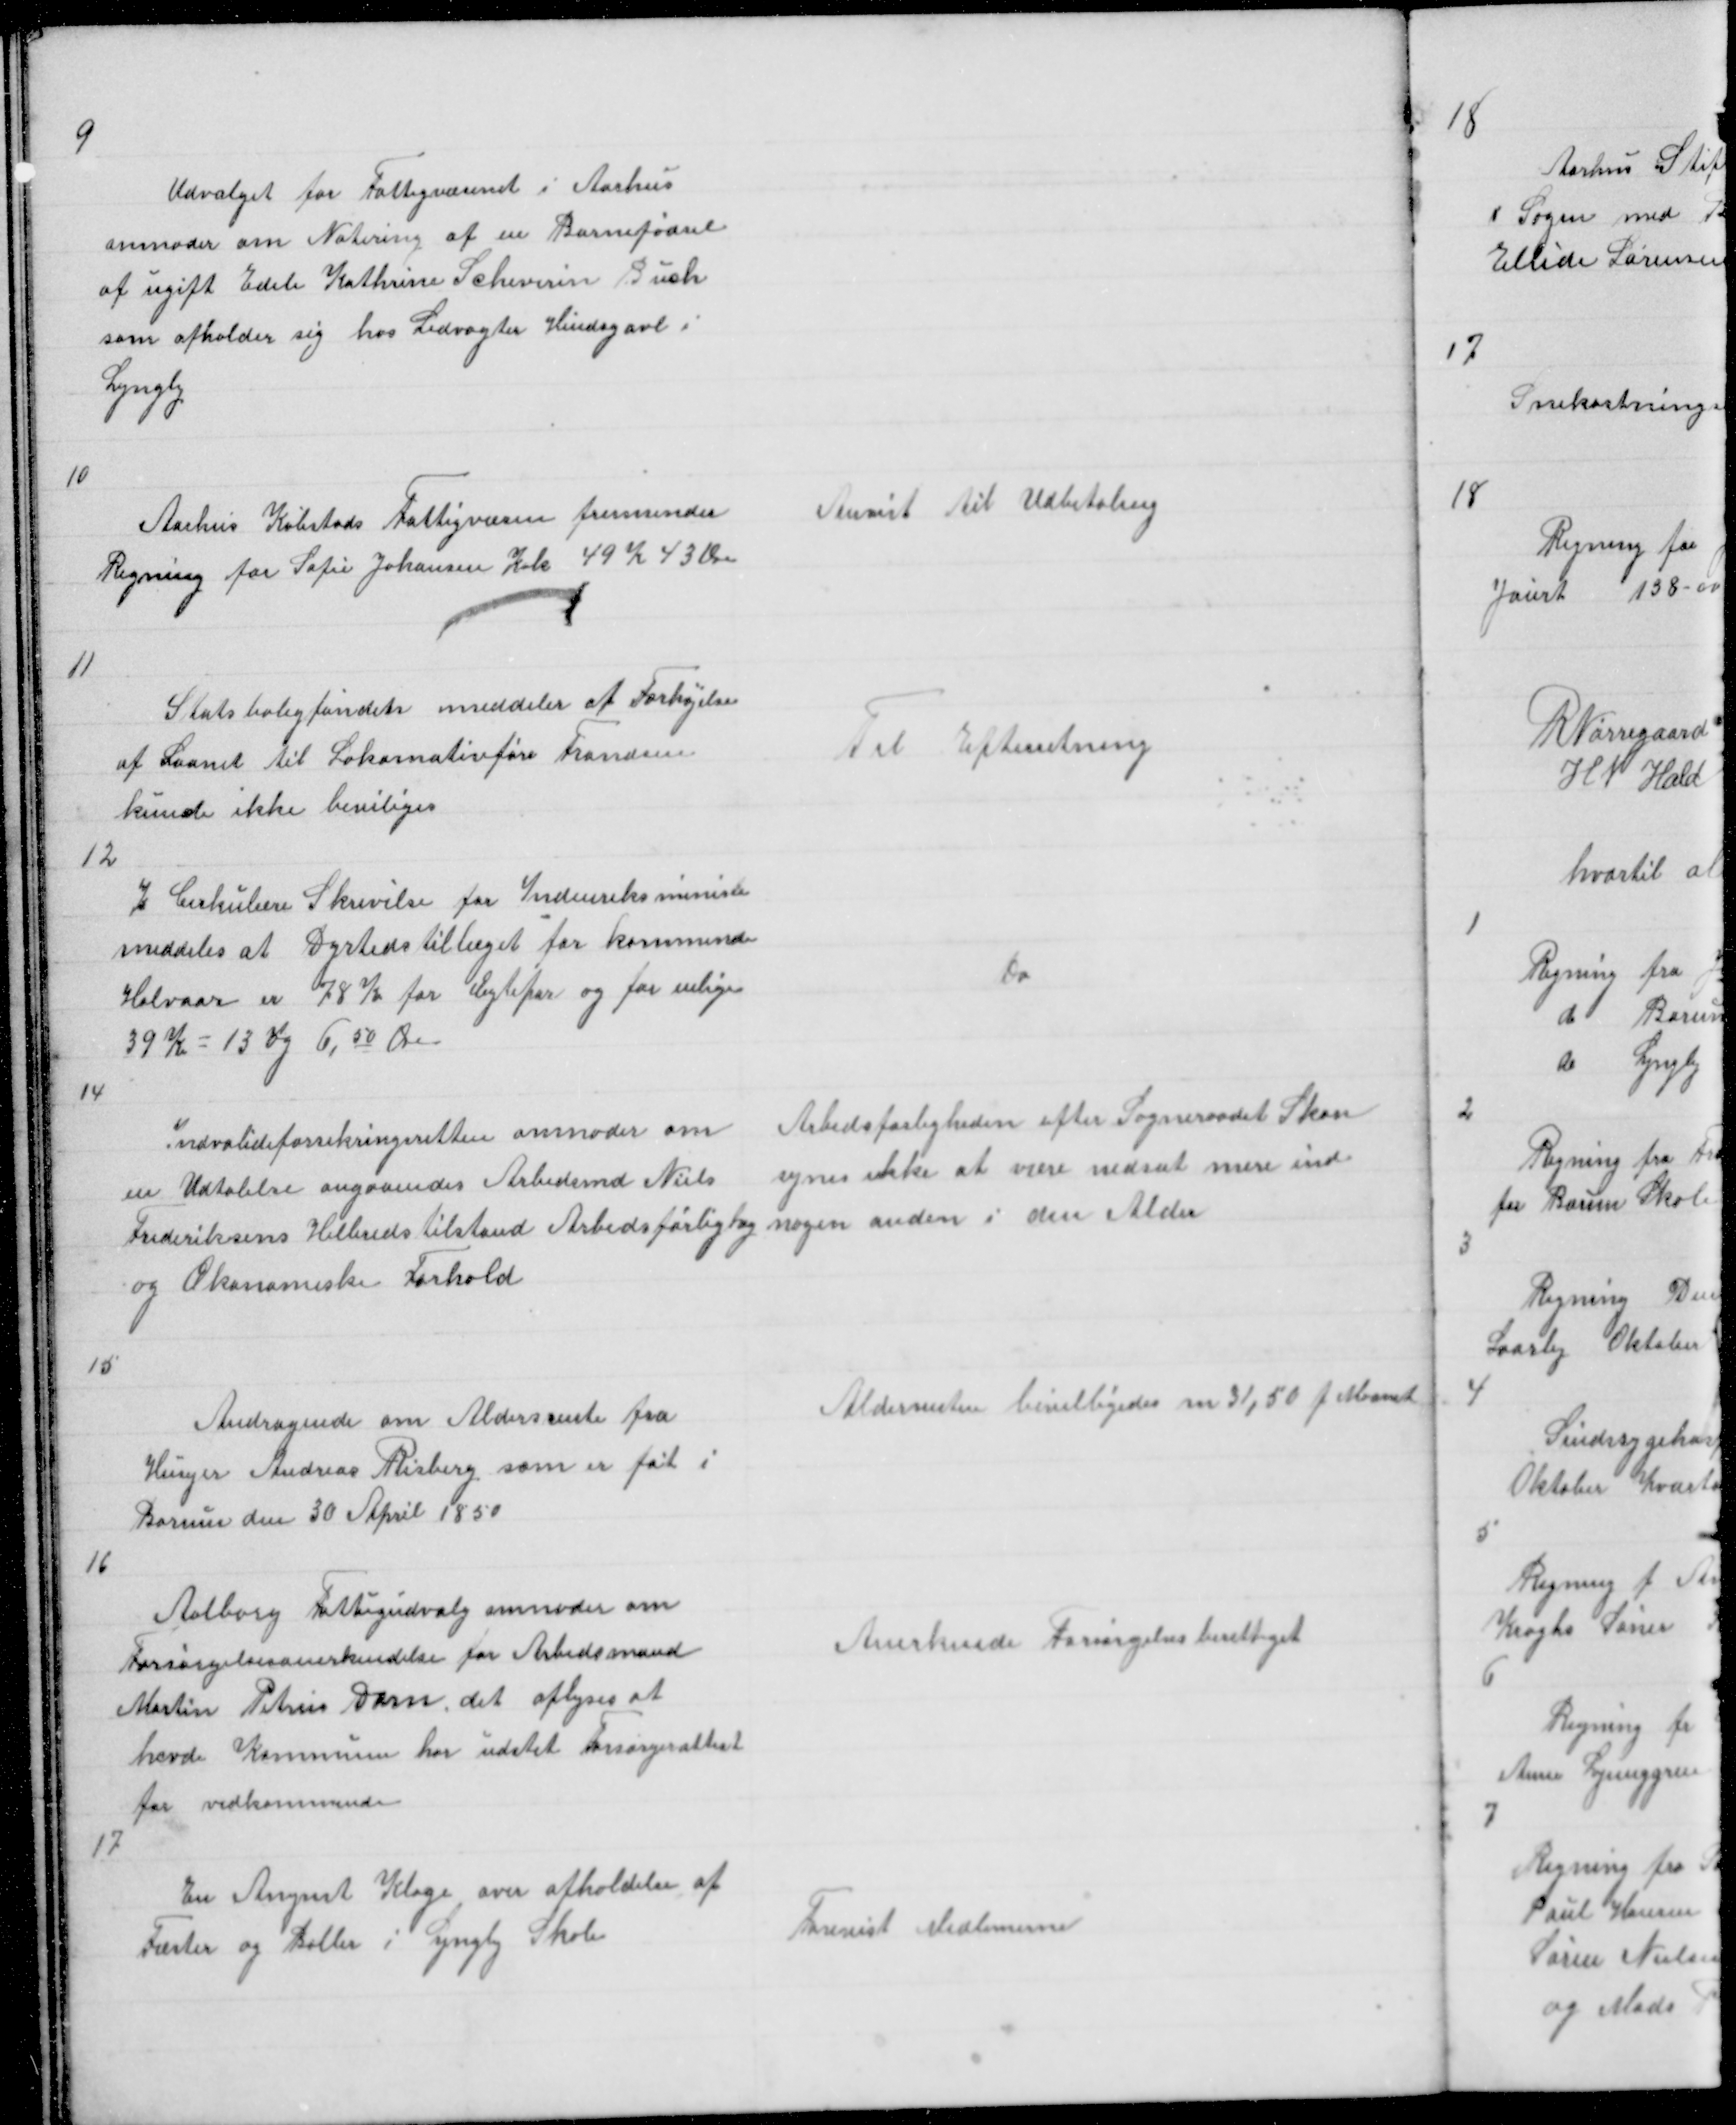
Transskription:
9

Udvalget for Fattigvæsenet i Aarhus
anmoder om Notering af en Barnefødsel
af ugift Edle Kathrine Scheverin Buch
som opholder sig hos Ledvogter Hindsgavl i
Lyngby

10

Aarhus Købstads Fattigvæsen fremsender
Regning for Sofie Johansen Kok 49 K 43 Øre

Anvist til Udbetaling

11

Stadsboligfondets meddeler at Forhøjelse
af Laanet til Lokomotivføre Frandsen
kunde ikke beviliges

Til Efterretning

12

I Cirkulære Skrivelse for Indenriksministe
meddeles at Dyrtidstillæget for kommende
Halvaar er 78 Kr for Ægtepar og for enlige
39 K = 13 og 6,50 Øre

Do

14

Indvalideforsikringsretten anmoder om
en Udtalelse angaaendes Arbedsmd Niels
Frederiksens Helbredstilstand Arbedsførlig og
og Økonomiske Forhold

Arbedsførligheden efter Sogneraadet Skøn
synes ikke at være nedsat mere ind
nogen anden i den Alder

15

Andragende om Aldersrente fra
Husejer Andreas Risberg som er føt i
Borum den 30 April 1850

Aldersrenten bevilligedes m 31,50 p Maanet

16

Aalborg Fattigudvalg anmoder om
Forsørgelsesanerkendelse for Arbedsmand
Martin Petrus Dam det oplyses at
hvde Kommune har udstet Forsørgerattest
for vedkommende

Anerkende Forsørgelsesberettiget

17

En Anymt Klage over afholdelse af
Fæster og Baller i Lyngby Skole

Forevist Medlemerne